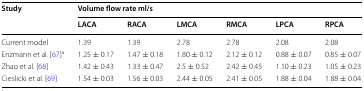
<table><thead><tr><td rowspan="2"><b>Study</b></td><td colspan="6"><b>Volume flow rate ml/s</b></td></tr><tr><td><b>LACA</b></td><td><b>RACA</b></td><td><b>LMCA</b></td><td><b>RMCA</b></td><td><b>LPCA</b></td><td><b>RPCA</b></td></tr></thead><tbody><tr><td>Current model</td><td>1.39</td><td>1.39</td><td>2.78</td><td>2.78</td><td>2.08</td><td>2.08</td></tr><tr><td>Enzmann et al. [67]<sup>a</sup></td><td>1.25 ± 0.17</td><td>1.47 ± 0.18</td><td>1.80 ± 0.12</td><td>2.12 ± 0.12</td><td>0.88 ± 0.07</td><td>0.85 ± 0.07</td></tr><tr><td>Zhao et al. [68]</td><td>1.42 ± 0.43</td><td>1.33 ± 0.47</td><td>2.5 ± 0.52</td><td>2.42 ± 0.45</td><td>1.10 ± 0.23</td><td>1.05 ± 0.23</td></tr><tr><td>Cieslicki et al. [69]</td><td>1.54 ± 0.03</td><td>1.56 ± 0.03</td><td>2.44 ± 0.05</td><td>2.41 ± 0.05</td><td>1.88 ± 0.04</td><td>1.88 ± 0.04</td></tr></tbody></table>